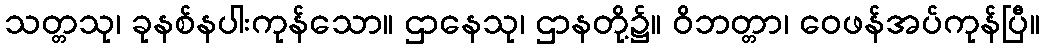
သတ္တသု၊ ခုနစ်နပါးကုန်သော။ ဌာနေသု၊ ဌာနတို့၌။ ဝိဘတ္တာ၊ ဝေဖန်အပ်ကုန်ပြီ။